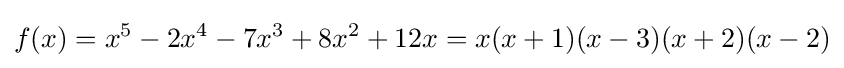
f(x)=x^{5}-2x^{4}-7x^{3}+8x^{2}+12x=x(x+1)(x-3)(x+2)(x-2)